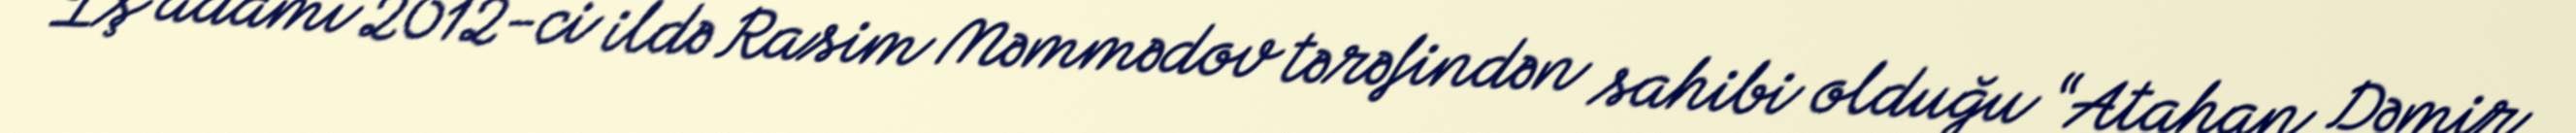
İş adamı 2012-ci ildə Rasim Məmmədov tərəfindən sahibi olduğu “Atahan Dəmir